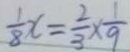
\frac { 1 } { 8 } x = \frac { 2 } { 3 } \times \frac { 1 } { 9 }